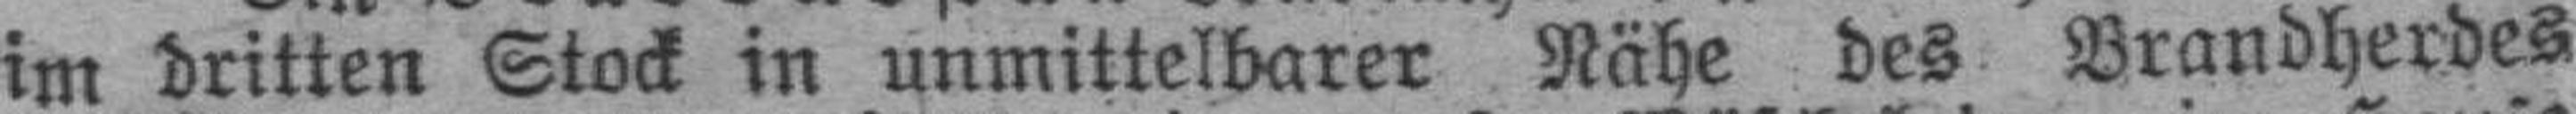
im dritten Stock in unmittelbarer Nähe des Brandherdes